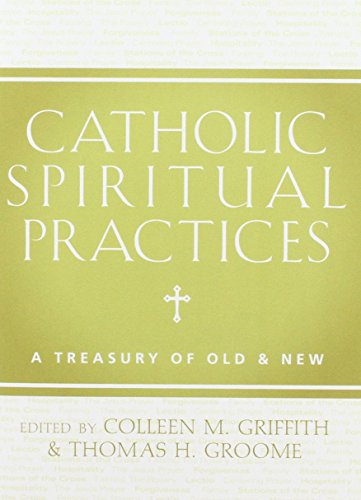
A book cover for Catholic Spiritual Practices: A Treasury of Old and New; Christian Books & Bibles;